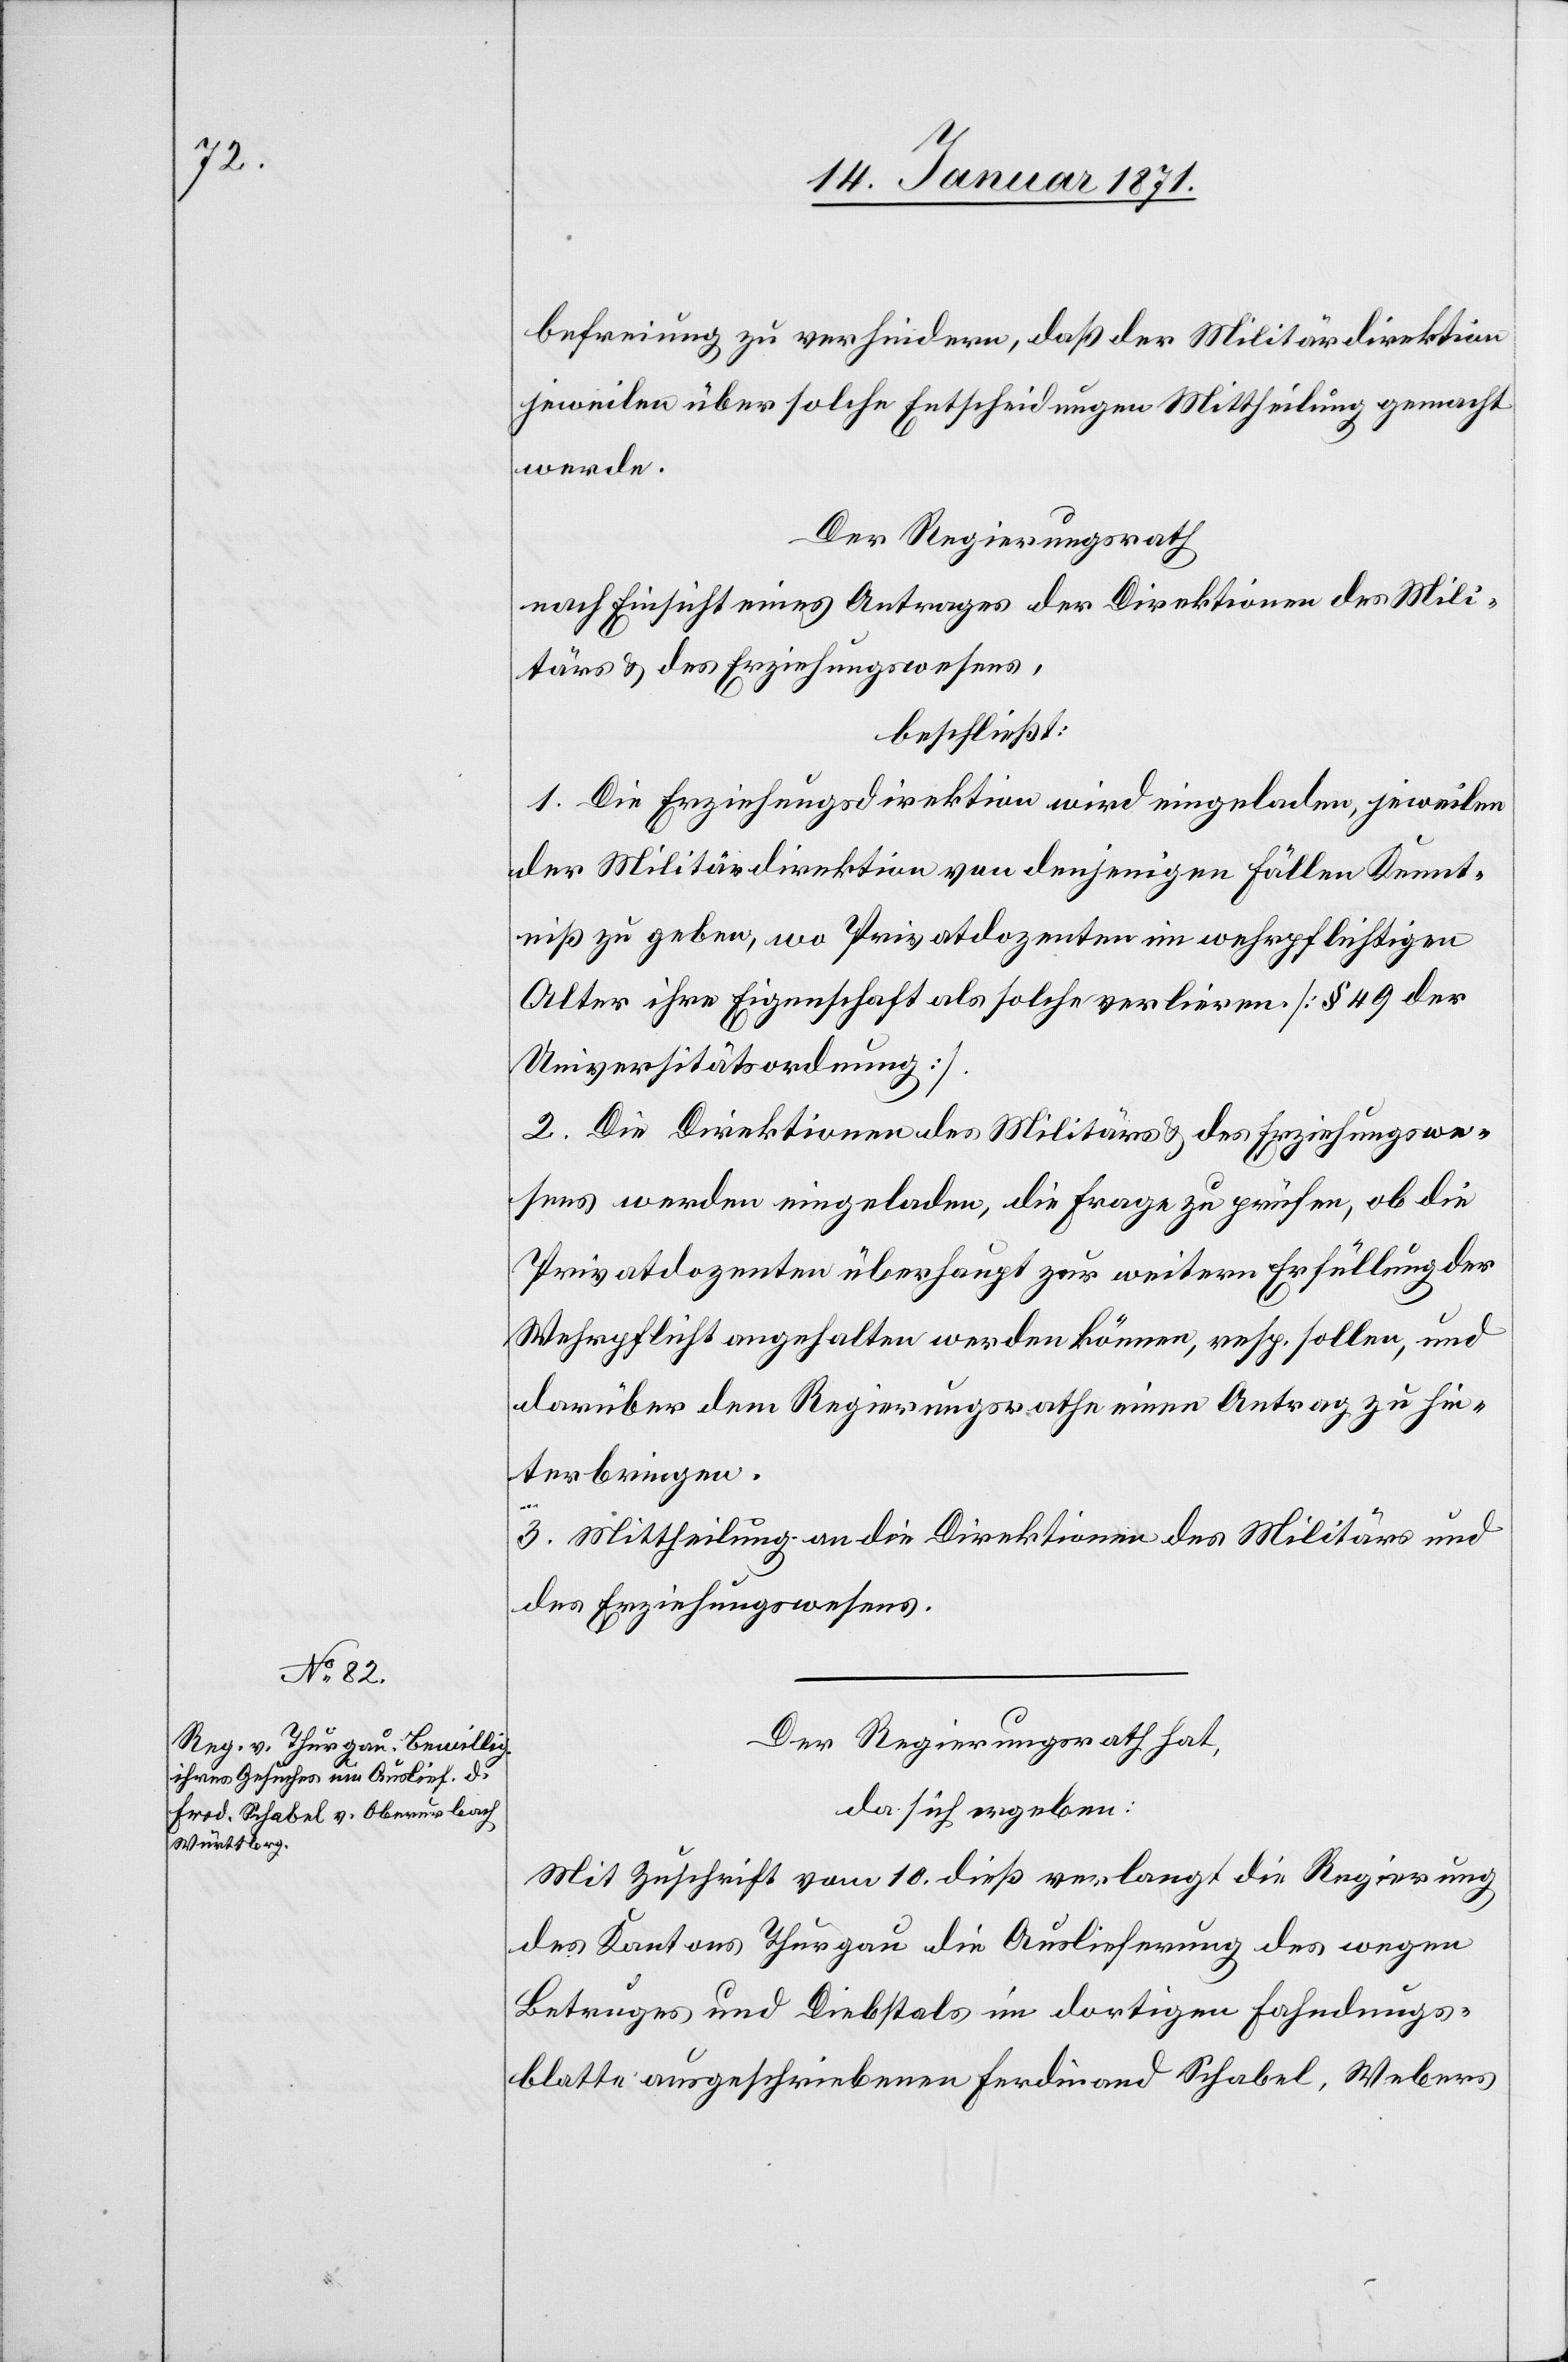
befreiung zu verhindern, daß der Militärdirektion
jeweilen über solche Entscheidungen Mittheilung gemacht
werde.
Der Regierungsrath
nach Einsicht eines Antrages der Direktion des Mili¬
tärs u. des Erziehungswesens,
beschließt:
1. Die Erziehungsdirektion wird eingeladen, jeweilen
der Militärdirektion von denjenigen Fällen Kennt¬
niß zu geben, wo Privatdozenten im wehrpflichtigen
Alter ihre Eigenschaft als solche verlieren [§ 49 der
Universitätsordnung].
2. Die Direktion des Militärs u. des Erziehungswe¬
sens werden eingeladen, die Frage zu prüfen, ob die
Privatdozenten überhaupt zur weitern Erfüllung der
Wehrpflicht angehalten werden können, resp. sollen, und
darüber dem Regierungsrathe einen Antrag zu hin¬
terbringen.
3. Mittheilung an die Direktion des Militärs und
des Erziehungswesens.
Der Regierungsrath hat
da sich ergeben:
Mit Zuschrift vom 10. dieß verlangt die Regierung
des Kantons Thurgau die Auslieferung des wegen
Betruges und Diebstals im dortigen Fahndungs¬
blatte ausgeschriebenen Ferdinand Schabel, Webers